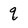
Character: q